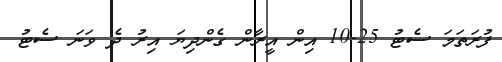
ފުރަތަމަ ސެޓު 25-10 އިން އީރާން ގެންދިޔަ އިރު ދެ ވަނަ ސެޓު